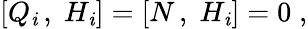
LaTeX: [Q_{\mathit{i}}\, ,\; H_{\mathit{i}}]=[N\, ,\; H_{\mathit{i}}]=0\; ,